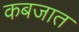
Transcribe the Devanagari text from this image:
कबजात